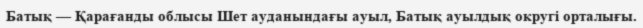
Батық — Қарағанды облысы Шет ауданындағы ауыл, Батық ауылдық округі орталығы.